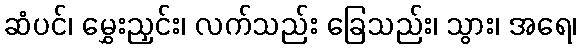
ဆံပင်၊ မွှေးညှင်း၊ လက်သည်း ခြေသည်း၊ သွား၊ အရေ၊